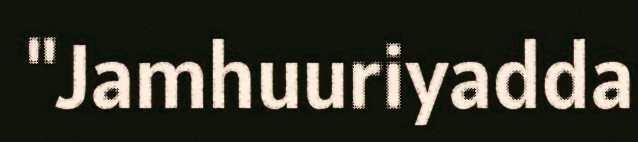
"Jamhuuriyadda